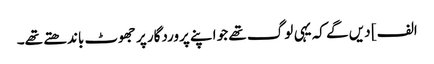
الف] دیں گے کہ یہی لوگ تھے جو اپنے پروردگار پر جھوٹ باندھتے تھے۔